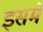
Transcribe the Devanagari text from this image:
इसमॅ